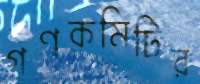
গণকমিটির